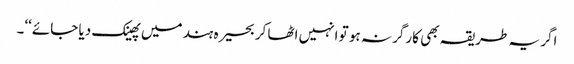
اگر یہ طریقہ بھی کارگر نہ ہو تو انہیں اٹھا کر بحیرہ ہند میں پھینک دیا جائے‘‘۔